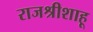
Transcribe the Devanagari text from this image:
राजश्रीशाहू